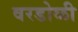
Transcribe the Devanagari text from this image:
वरडोळी